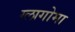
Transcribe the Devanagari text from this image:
ग्लागोमा